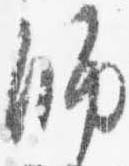
師